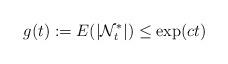
LaTeX: \begin{align*}g(t):=E(|\mathcal{N}_t^*|)\le \exp(c t)\end{align*}